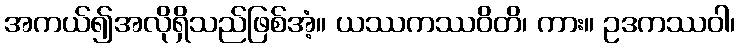
အကယ်၍အလိုရှိသည်ဖြစ်အံ့။ ယဿကဿဝိတိ၊ ကား။ ဥဒကဿဝါ၊